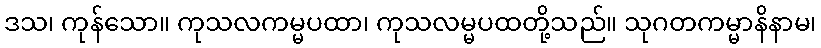
ဒသ၊ ကုန်သော။ ကုသလကမ္မပထာ၊ ကုသလမ္မပထတို့သည်။ သုဂတကမ္မာနိနာမ၊